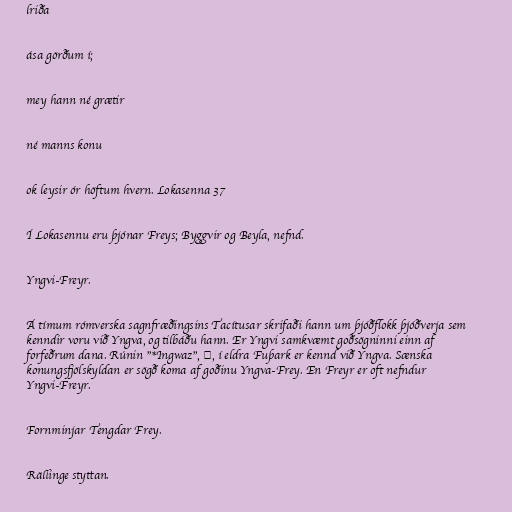
lriða

ása görðum í;

mey hann né grætir

né manns konu

ok leysir ór höftum hvern. Lokasenna 37

Í Lokasennu eru þjónar Freys; Byggvir og Beyla, nefnd.

Yngvi-Freyr.

Á tímum rómverska sagnfræðingsins Tacítusar skrifaði hann um þjóðflokk þjóðverja sem
kenndir voru við Yngva, og tilbáðu hann. Er Yngvi samkvæmt goðsögninni einn af
forfeðrum dana. Rúnin "*Ingwaz", ᛜ, í eldra Fuþark er kennd við Yngva. Sænska
konungsfjölskyldan er sögð koma af goðinu Yngva-Frey. En Freyr er oft nefndur
Yngvi-Freyr.

Fornminjar Tengdar Frey.

Rällinge styttan.